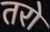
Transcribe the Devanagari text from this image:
तरो